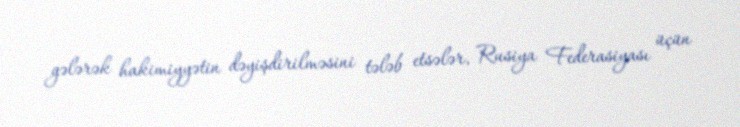
gələrək hakimiyyətin dəyişdirilməsini tələb etsələr, Rusiya Federasiyası üçün